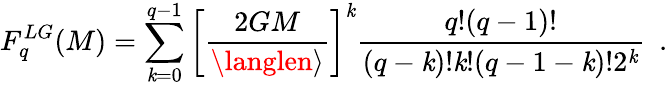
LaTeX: F_{q}^{LG}(M)=\sum_{\mathit{k}=0}^{q-1}\left[\frac{{2GM}}{{\langlen\rangle}}\right]^{\mathit{k}}\frac{{q!(q-1)!}}{{(q-\mathit{k})!\mathit{k}!(q-1-\mathit{k})!2^{\mathit{k}}}}\ \ .